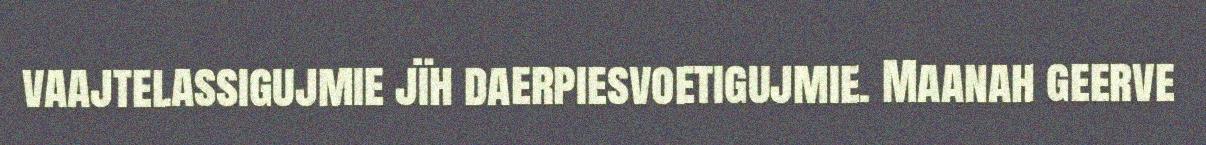
vaajtelassigujmie jïh daerpiesvoetigujmie. Maanah geerve